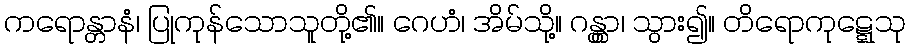
ကရောန္တာနံ၊ ပြုကုန်သောသူတို့၏။ ဂေဟံ၊ အိမ်သို့။ ဂန္တွာ၊ သွား၍။ တိရောကုဋ္ဋေသု